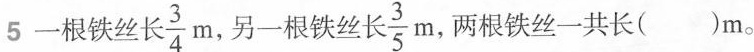
5-根铁丝长\frac{3}{4}m，另一根铁丝长\frac{3}{5}m，两根铁丝一共长()m。